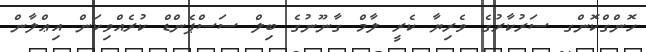
ހޮންގްކޮންގ ސަރުކާރުގެ ވެރިޔާ ކެރީ ލާމް ގާނޫނުގެ ބިލް ސަސްޕެންޑް ކުރެއްވިކަން އިޢްލާން